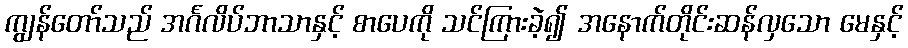
ကျွန်တော်သည် အင်္ဂလိပ်ဘာသာနှင့် စာပေကို သင်ကြားခဲ့၍ အနောက်တိုင်းဆန်လှသော မေနှင့်